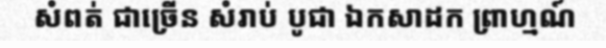
សំពត់ ជាច្រើន សំរាប់ បូជា ឯកសាដក ព្រាហ្មណ៍